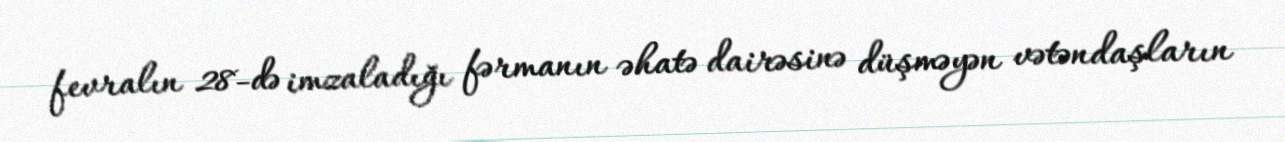
fevralın 28-də imzaladığı fərmanın əhatə dairəsinə düşməyən vətəndaşların